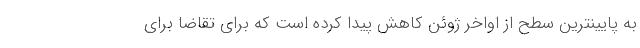
به پایینترین سطح از اواخر ژوئن کاهش پیدا کرده است که برای تقاضا برای